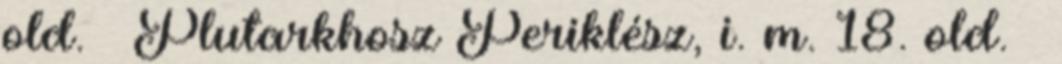
old. ↑ Plutarkhosz Periklész, i. m. 18. old. ↑